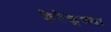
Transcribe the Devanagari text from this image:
केरेकूच्या